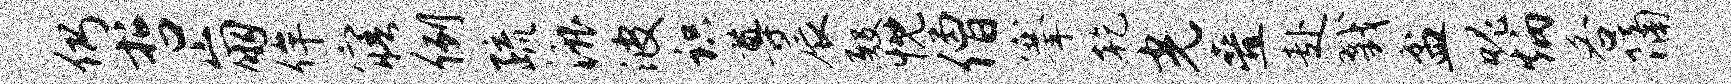
仍哲崩侔寤例疏漉波识尊辰殿忱僧搴乾光叠赴戮盆魄炳各隔